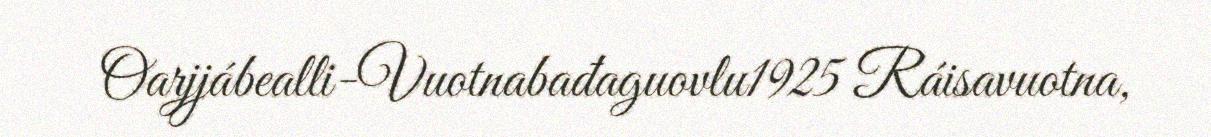
Oarjjábealli-Vuotnabađaguovlu1925 Ráisavuotna,